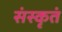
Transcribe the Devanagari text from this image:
संस्कृतं